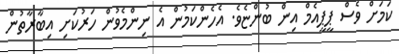
ކަމަށް ވެސް ޕީޕީއެމް އިން ބުންޏެވެ. އެހެންކަމުން އެ ނިންމެވުން ހަރުކަށި އިބާރާތުން